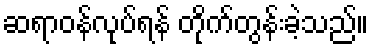
ဆရာဝန်လုပ်ရန် တိုက်တွန်းခဲ့သည်။